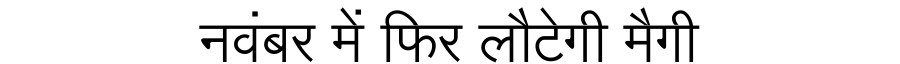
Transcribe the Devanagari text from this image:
नवंबर में फिर लौटेगी मैगी